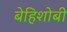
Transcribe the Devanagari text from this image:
बेहिशोबी